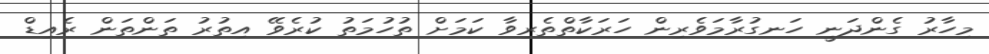
މިހާރު ގެންދަނީ ހަނގުރާމަވެރިން ހަރަކާތްތެރިވާ ކަމަށް ތުހުމަތު ކުރެވޭ އިތުރު ތަންތަން ރެއިޑް